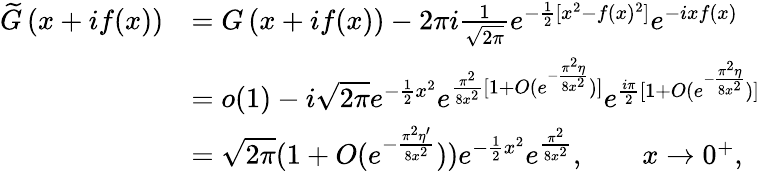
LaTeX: \begin{array}{rl}{\widetilde{G}\left(x+if(x)\right)}&{=G\left(x+if(x)\right)-2\pi i\frac{1}{\sqrt{2\pi}}e^{-\frac{1}{2}[x^{2}-f(x)^{2}]}e^{-ixf(x)}}\\ &{=o(1)-i\sqrt{2\pi}e^{-\frac 1{2}x^{2}}e^{\frac{\pi^{2}}{8x^{2}}[1+O(e^{-\frac{\pi^{2}\eta}{8x^{2}}})]}e^{\frac{i\pi}{2}[1+O(e^{-\frac{\pi^{2}\eta}{8x^{2}}})]}}\\ &{=\sqrt{2\pi}(1+O(e^{-\frac{\pi^{2}\eta^{\prime}}{8x^{2}}}))e^{-\frac 1{2}x^{2}}e^{\frac{\pi^{2}}{8x^{2}}},\qquad x\to 0^{+},}\end{array}